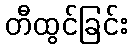
တီထွင်ခြင်း